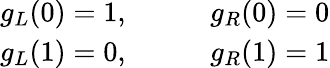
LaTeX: \begin{array}{rl}{g_{L}(0)=1,\qquad}&{{}g_{R}(0)=0}\\ {g_{L}(1)=0,\qquad}&{{}g_{R}(1)=1}\end{array}